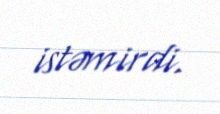
istəmirdi.